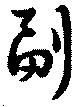
副